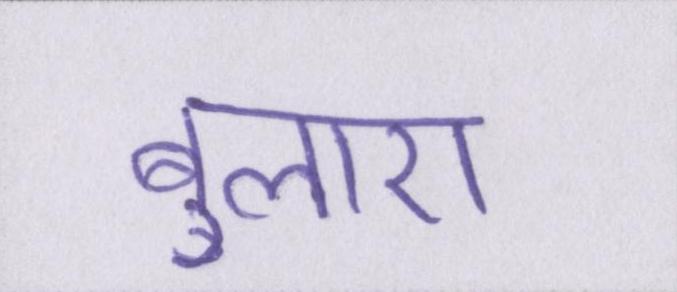
बुलाए